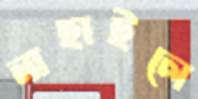
নাহাইলে